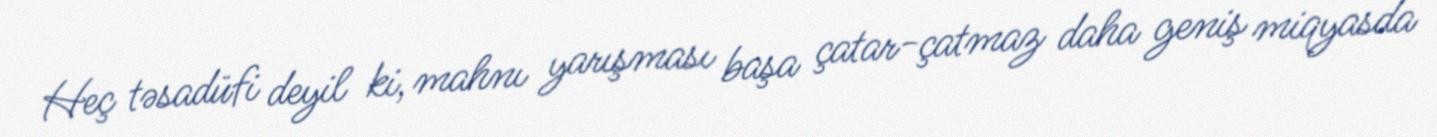
Heç təsadüfi deyil ki, mahnı yarışması başa çatar-çatmaz daha geniş miqyasda